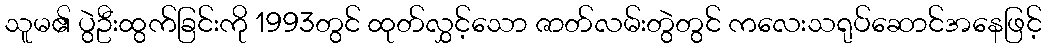
သူမ၏ ပွဲဦးထွက်ခြင်းကို 1993တွင် ထုတ်လွှင့်သော ဇာတ်လမ်းတွဲတွင် ကလေးသရုပ်ဆောင်အနေဖြင့်